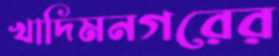
খাদিমনগরের